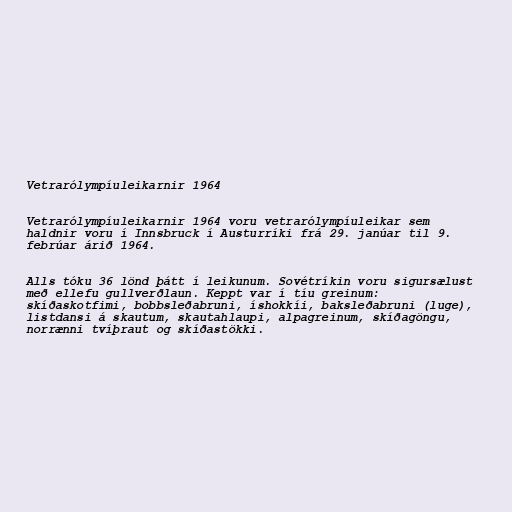
Vetrarólympíuleikarnir 1964

Vetrarólympíuleikarnir 1964 voru vetrarólympíuleikar sem
haldnir voru í Innsbruck í Austurríki frá 29. janúar til 9.
febrúar árið 1964.

Alls tóku 36 lönd þátt í leikunum. Sovétríkin voru sigursælust
með ellefu gullverðlaun. Keppt var í tíu greinum:
skíðaskotfimi, bobbsleðabruni, íshokkíi, baksleðabruni (luge),
listdansi á skautum, skautahlaupi, alpagreinum, skíðagöngu,
norrænni tvíþraut og skíðastökki.